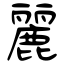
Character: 麗